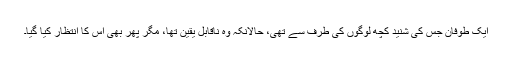
ایک طوفان جس کی شنید کچھ لوگوں کی طرف سے تھی، حالانکہ وہ ناقابل یقین تھا، مگر پھر بھی اس کا انتظار کیا گیا۔